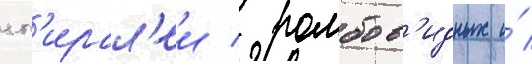
сп'ирал'еи / ромбов'идных и́